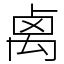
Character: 禼